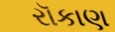
રૉકાણ